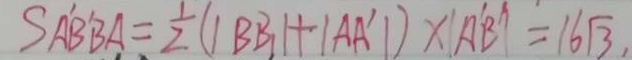
S _ { A ^ { \prime } B ^ { \prime } B A } = \frac { 1 } { 2 } ( \vert B B _ { 1 } \vert + \vert A A ^ { \prime } \vert ) \times \vert A ^ { \prime } B ^ { \prime } \vert = 1 6 \sqrt { 3 } ,